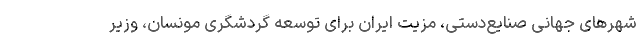
شهرهای جهانی صنایع‌دستی، مزیت ایران برای توسعه گردشگری مونسان، وزیر